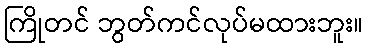
ကြိုတင် ဘွတ်ကင်လုပ်မထားဘူး။